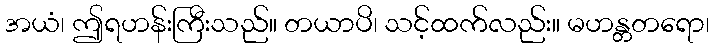
အယံ၊ ဤရဟန်းကြီးသည်။ တယာပိ၊ သင့်ထက်လည်း။ မဟန္တတရော၊